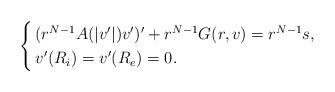
LaTeX: \begin{align*}\begin{cases}\, (r^{N-1}A(|v'|)v')' + r^{N-1} G(r,v) = r^{N-1} s, \\\, v'(R_{i}) = v'(R_{e}) = 0.\end{cases}\end{align*}